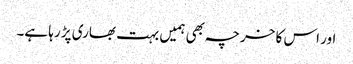
اور اس کا خرچہ بھی ہمیں بہت بھاری پڑ رہا ہے۔